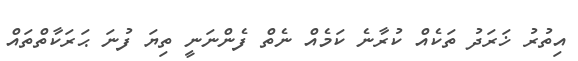
އިތުރު ޚަރަދު ތަކެއް ކުރާނެ ކަމެއް ނެތް ފެންނަނީ ތިޔަ ފުނަ ޙަރަކާތްތައް